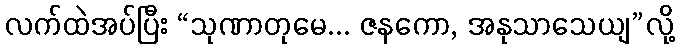
လက်ထဲအပ်ပြီး “သုဏာတုမေ... ဇနကော, အနုသာသေယျ”လို့